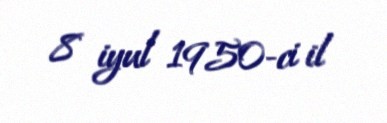
8 iyul 1950-ci il